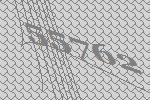
55762